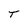
Character: T